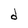
Character: d